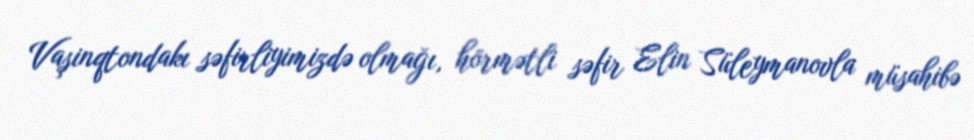
Vaşinqtondakı səfirliyimizdə olmağı, hörmətli səfir Elin Süleymanovla müsahibə